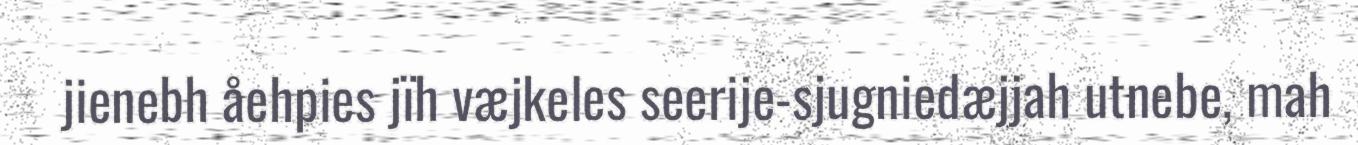
jienebh åehpies jïh væjkeles seerije-sjugniedæjjah utnebe, mah